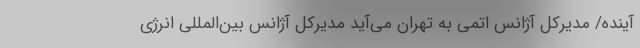
آینده/ مدیرکل آژانس اتمی به تهران می‌آید مدیرکل آژانس بین‌المللی انرژی